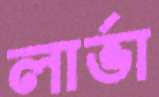
লার্ভা